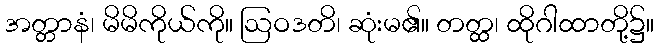
အတ္တာနံ၊ မိမိကိုယ်ကို။ ဩဝဒတိ၊ ဆုံးမ၏။ တတ္ထ၊ ထိုဂါထာတို့၌။